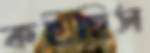
কইছিস